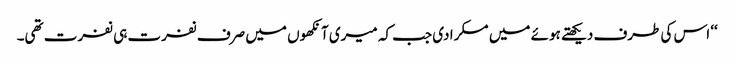
‘‘ اس کی طرف دیکھتے ہوئے میں مسکرا دی جب کہ میری آنکھوں میں صرف نفرت ہی نفرت تھی۔